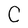
Character: C